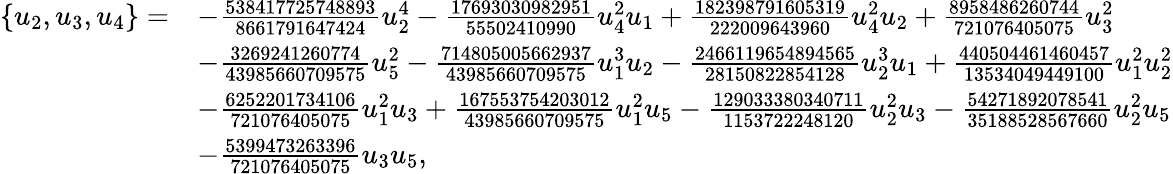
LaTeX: \begin{array}{rl}{\{ u_{2},u_{3},u_{4}\} =}&{-\frac{538417725748893}{8661791647424}u_{2}^{4}-\frac{17693030982951}{55502410990}u_{4}^{2}u_{1}+\frac{182398791605319}{222009643960}u_{4}^{2}u_{2}+\frac{8958486260744}{721076405075}u_{3}^{2}}\\ &{-\frac{3269241260774}{43985660709575}u_{5}^{2}-\frac{714805005662937}{43985660709575}u_{1}^{3}u_{2}-\frac{2466119654894565}{28150822854128}u_{2}^{3}u_{1}+\frac{440504461460457}{13534049449100}u_{1}^{2}u_{2}^{2}}\\ &{-\frac{6252201734106}{721076405075}u_{1}^{2}u_{3}+\frac{167553754203012}{43985660709575}u_{1}^{2}u_{5}-\frac{129033380340711}{1153722248120}u_{2}^{2}u_{3}-\frac{54271892078541}{35188528567660}u_{2}^{2}u_{5}}\\ &{-\frac{5399473263396}{721076405075}u_{3}u_{5},}\end{array}